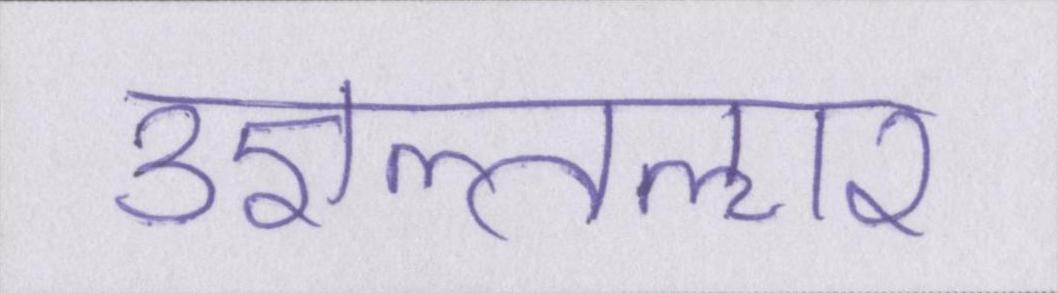
उज्ञल्तऌार